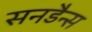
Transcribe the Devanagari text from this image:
सनडैन्स